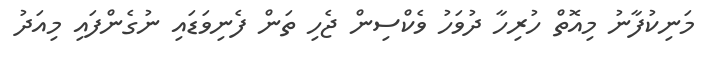
މަނިކުފާނު މިއޮތް ހުރިހާ ދުވަހު ވެކްސިން ޖެހި ތަން ފެނިވަޑައި ނުގެންފައި މިއަދު